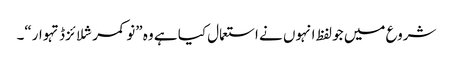
شروع میں جو لفظ انہوں نے استعمال کیا ہے وہ ”نو کمرشلائزڈ تہوار“۔